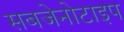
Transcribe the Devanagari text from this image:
सबजेनोटाइप